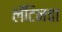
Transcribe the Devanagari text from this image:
लॅटिनचा